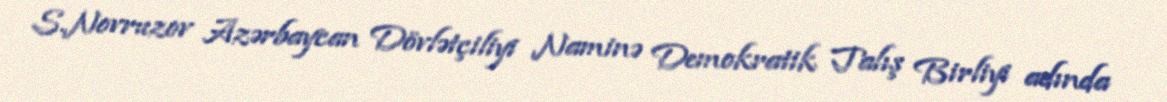
S.Novruzov Azərbaycan Dövlətçiliyi Naminə Demokratik Talış Birliyi adında